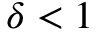
\delta < 1